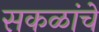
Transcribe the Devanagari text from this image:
सकळांचे